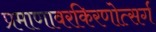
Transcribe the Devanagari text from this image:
प्रमाणावरकिरणोत्सर्ग